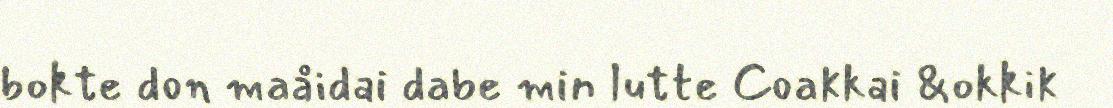
bokte don maåidai dabe min lutte Coakkai &okkik